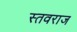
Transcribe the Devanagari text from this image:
स्तवराज